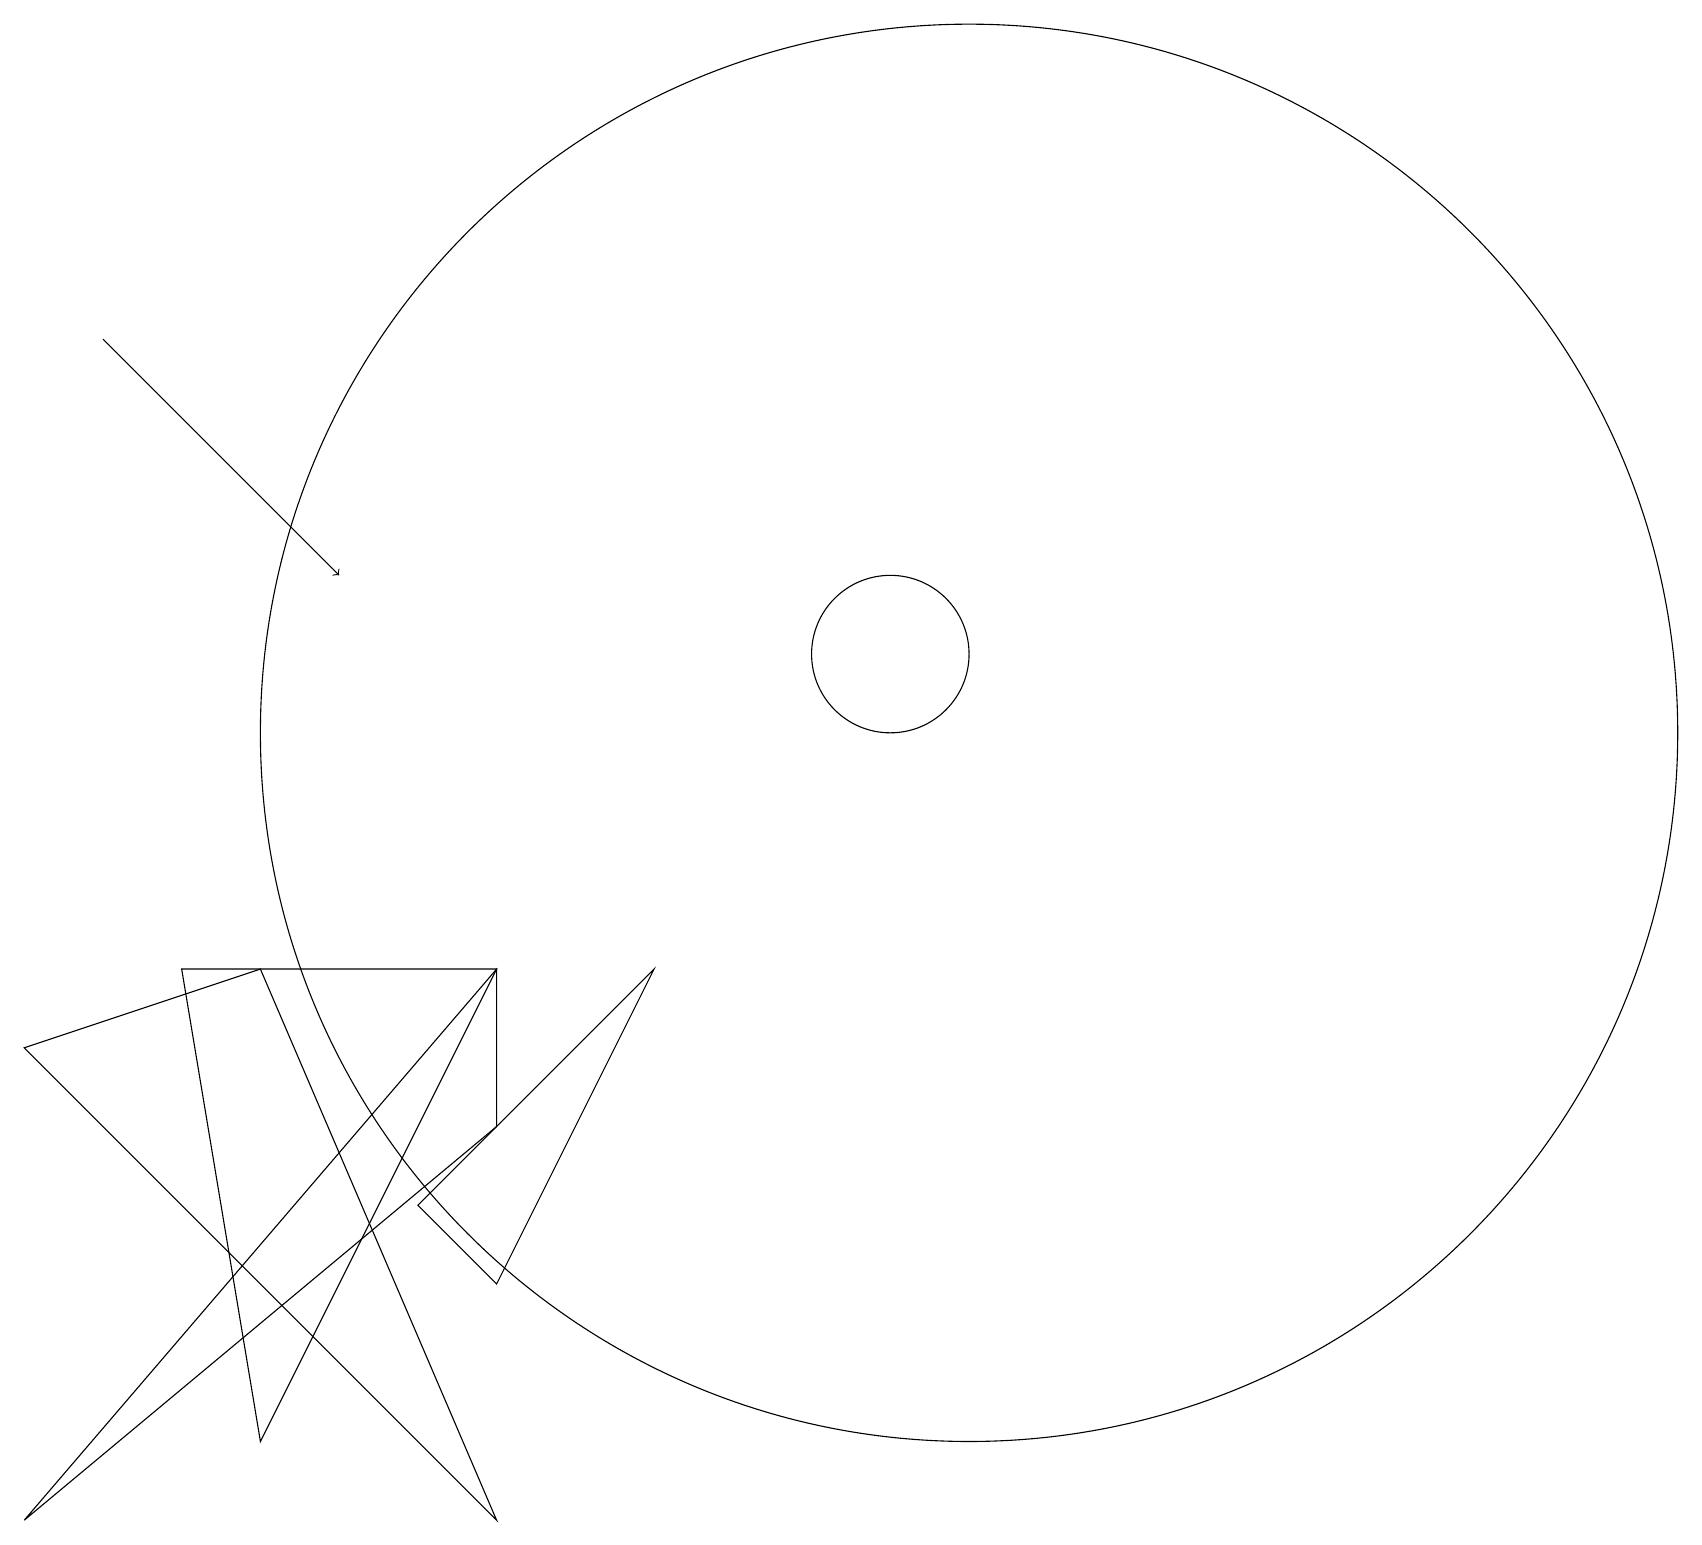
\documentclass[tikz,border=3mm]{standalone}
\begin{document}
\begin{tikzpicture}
\draw (2,7) -- (3,1) -- (6,7) -- cycle;
\draw (12,10) circle (9);
\draw (6,3) -- (8,7) -- (5,4) -- cycle;
\draw (11,11) circle (1);
\draw (3,7) -- (0,6) -- (6,0) -- cycle;
\draw (0,0) -- (6,5) -- (6,7) -- cycle;
\draw[->] (1,15) -- (4,12);
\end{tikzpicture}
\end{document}